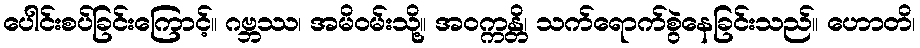
ပေါင်းစပ်ခြင်းကြောင့်။ ဂဗ္ဘဿ၊ အမိဝမ်းသို့။ အဝက္ကန္တိ၊ သက်ရောက်စွဲနေခြင်းသည်။ ဟောတိ၊